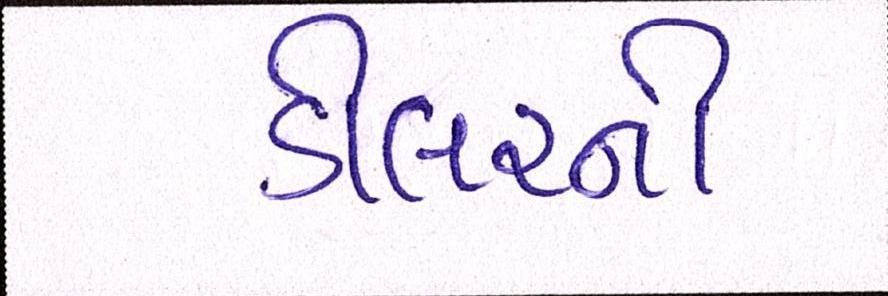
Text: ડીલરની